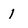
Character: 1